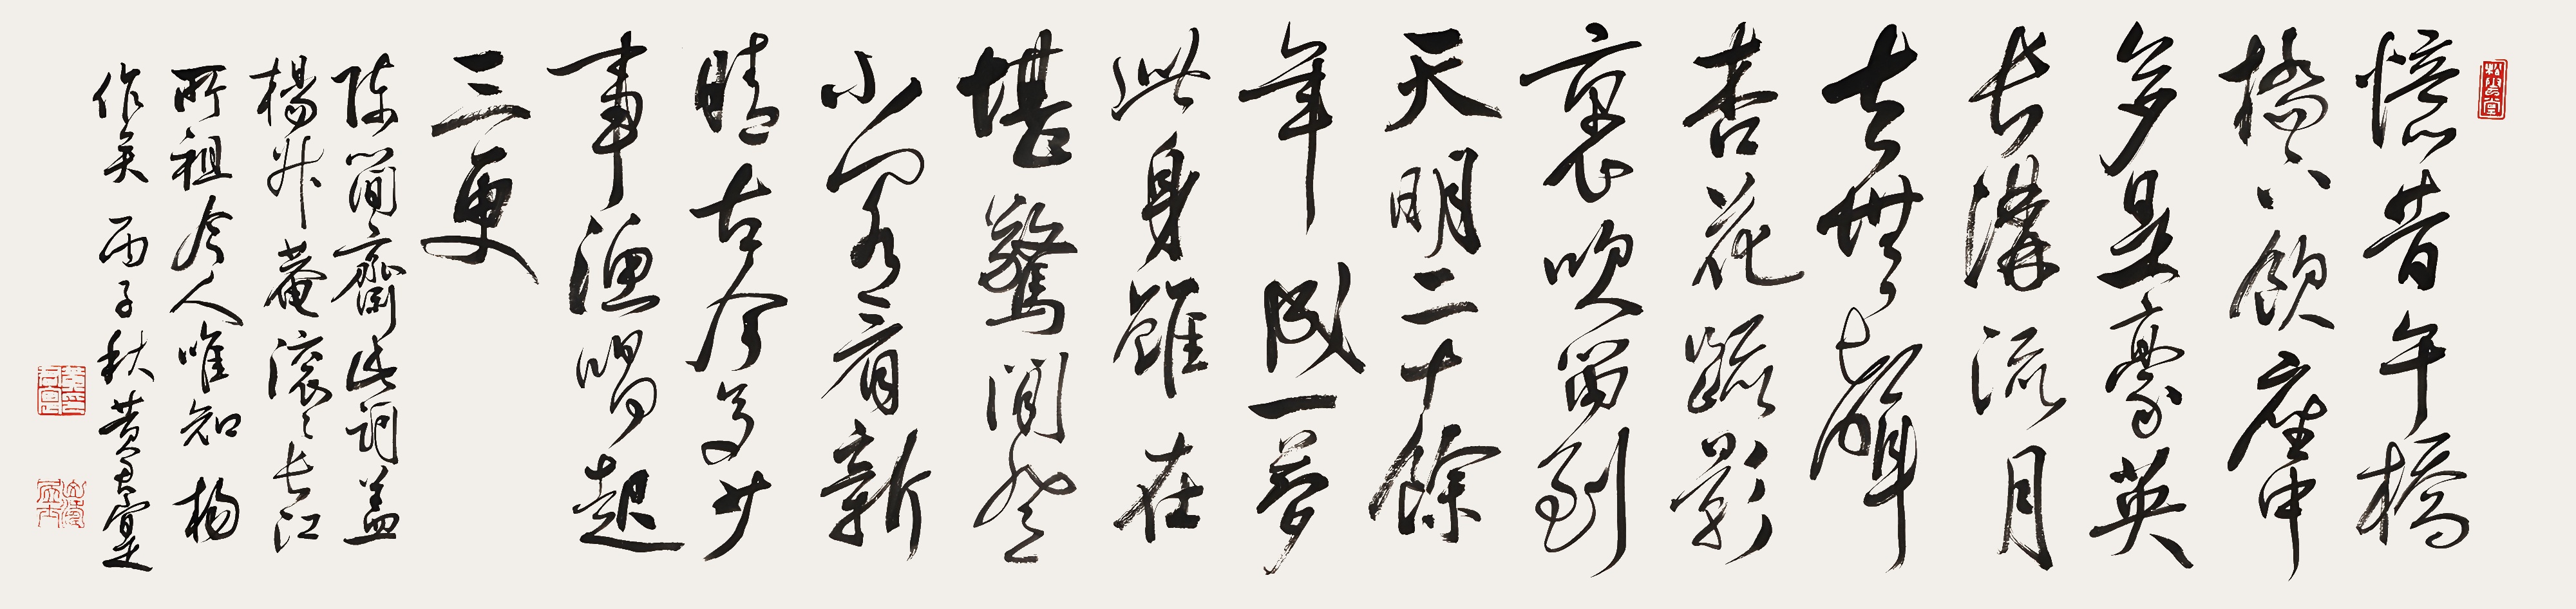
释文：忆昔午桥桥下饮，座中多是豪英。长沟流月去无声，杏花疏影里，吹笛到天明。二十余年成一梦，此身虽在堪惊。闲登小阁看新晴。古今多少事，渔唱起三更。陈简斋此词盖杨升庵滚滚长江所祖，今人唯知杨作矣。丙子秋，黄君实。